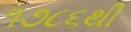
૧૭૮૬થી